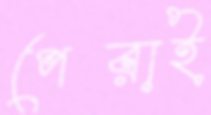
পেরাই